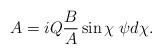
LaTeX: \begin{align*}A = i Q \frac{B}{A} \sin \chi \; \psi d\chi.\end{align*}